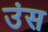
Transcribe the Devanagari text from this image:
उंस